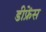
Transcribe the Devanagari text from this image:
डीफ्रेंस